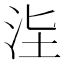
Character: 𣳊